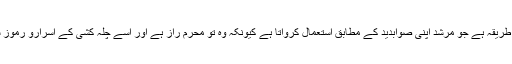
اس کا بھی ایک طریقہ ہے جو مرشد اپنی صوابدید کے مطابق استعمال کرواتا ہے کیونکہ وہ تو محرم راز ہے اور اسے چلہ کشی کے اسرارو رموز سے واقفیت ہے۔